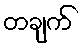
တချက်